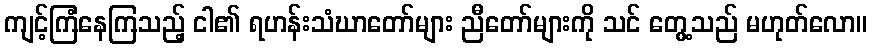
ကျင့်ကြံနေကြသည့် ငါ၏ ရဟန်းသံဃာတော်များ ညီတော်များကို သင် တွေ့သည် မဟုတ်လော။